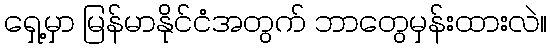
ရှေ့မှာ မြန်မာနိုင်ငံအတွက် ဘာတွေမှန်းထားလဲ။